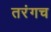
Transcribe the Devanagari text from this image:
तरंगच